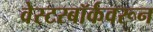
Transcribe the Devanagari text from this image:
वेस्टरबॉर्कवरून